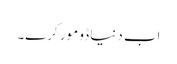
اب دنیا ڈو مور کرے۔